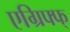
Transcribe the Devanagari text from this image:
एग्रिफ्फ्